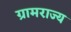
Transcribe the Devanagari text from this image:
ग्रामराज्य